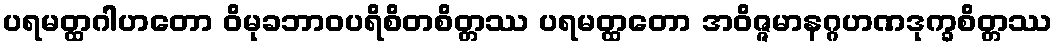
ပရမတ္ထဂါဟတော ဝိမုခဘာဝပရိစိတစိတ္တဿ ပရမတ္ထတော အဝိဇ္ဇမာနဂ္ဂဟဏဒုက္ခစိတ္တဿ